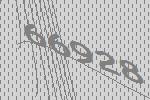
66928